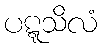
ပဋ္ဋသိလံ